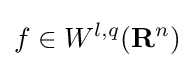
f\in W^{l,q}(\mathbf {R} ^{n})